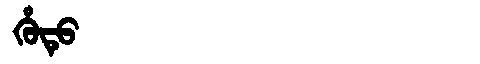
Manchu: ᡥᡠᡨᡠ
Romanization: HUTU